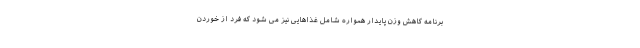
برنامه کاهش وزن پایدار همواره شامل غذاهایی نیز می شود که فرد از خوردن